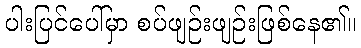
ပါးပြင်ပေါ်မှာ စပ်ဖျဉ်းဖျဉ်းဖြစ်နေ၏။